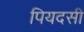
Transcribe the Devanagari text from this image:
पियदसी